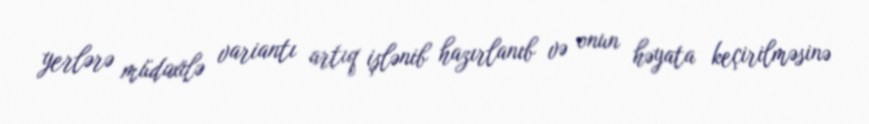
yerlərə müdaxilə variantı artıq işlənib hazırlanıb və onun həyata keçirilməsinə